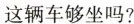
这辆车够坐吗?